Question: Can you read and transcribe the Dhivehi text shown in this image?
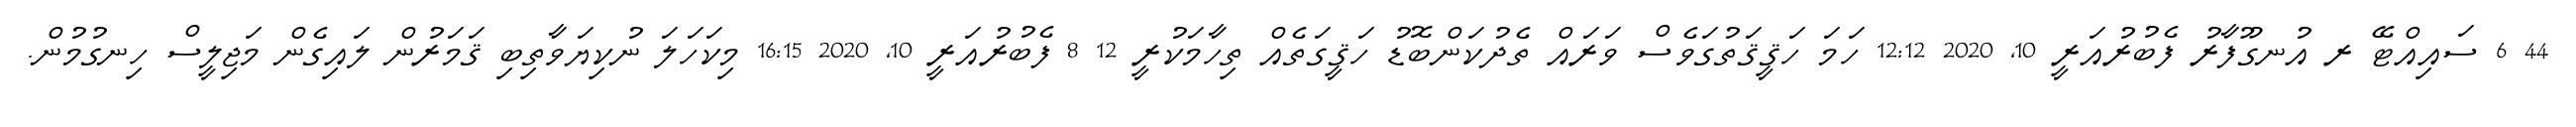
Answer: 44 6 ސައިއްޓޭ ރ އުނގޫފާރު ފެބުރުއަރީ 10, 2020 12:12 ހަމަ ހަޤީޤަތުގަވެސް ވަރައް ތެދުކަންބޮޑު ހަޤީގަތެއް ތިހާމަކުރީ 12 8 ފެބުރުއަރީ 10, 2020 16:15 މިކަހަލަ ނުކިޔަވާތިބި ޤަމަރުން ލައިގެން މަޖިލީސް ހިނގުމުން.